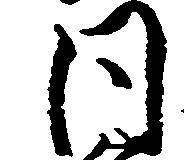
同